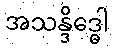
အသန္ဒိဒ္ဓေါ